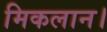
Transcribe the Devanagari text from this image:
मिकलान।